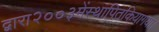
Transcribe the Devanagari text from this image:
द्वारा२००३मेंस्थापितकियागया।